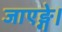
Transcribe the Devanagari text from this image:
जाएङ्गे।